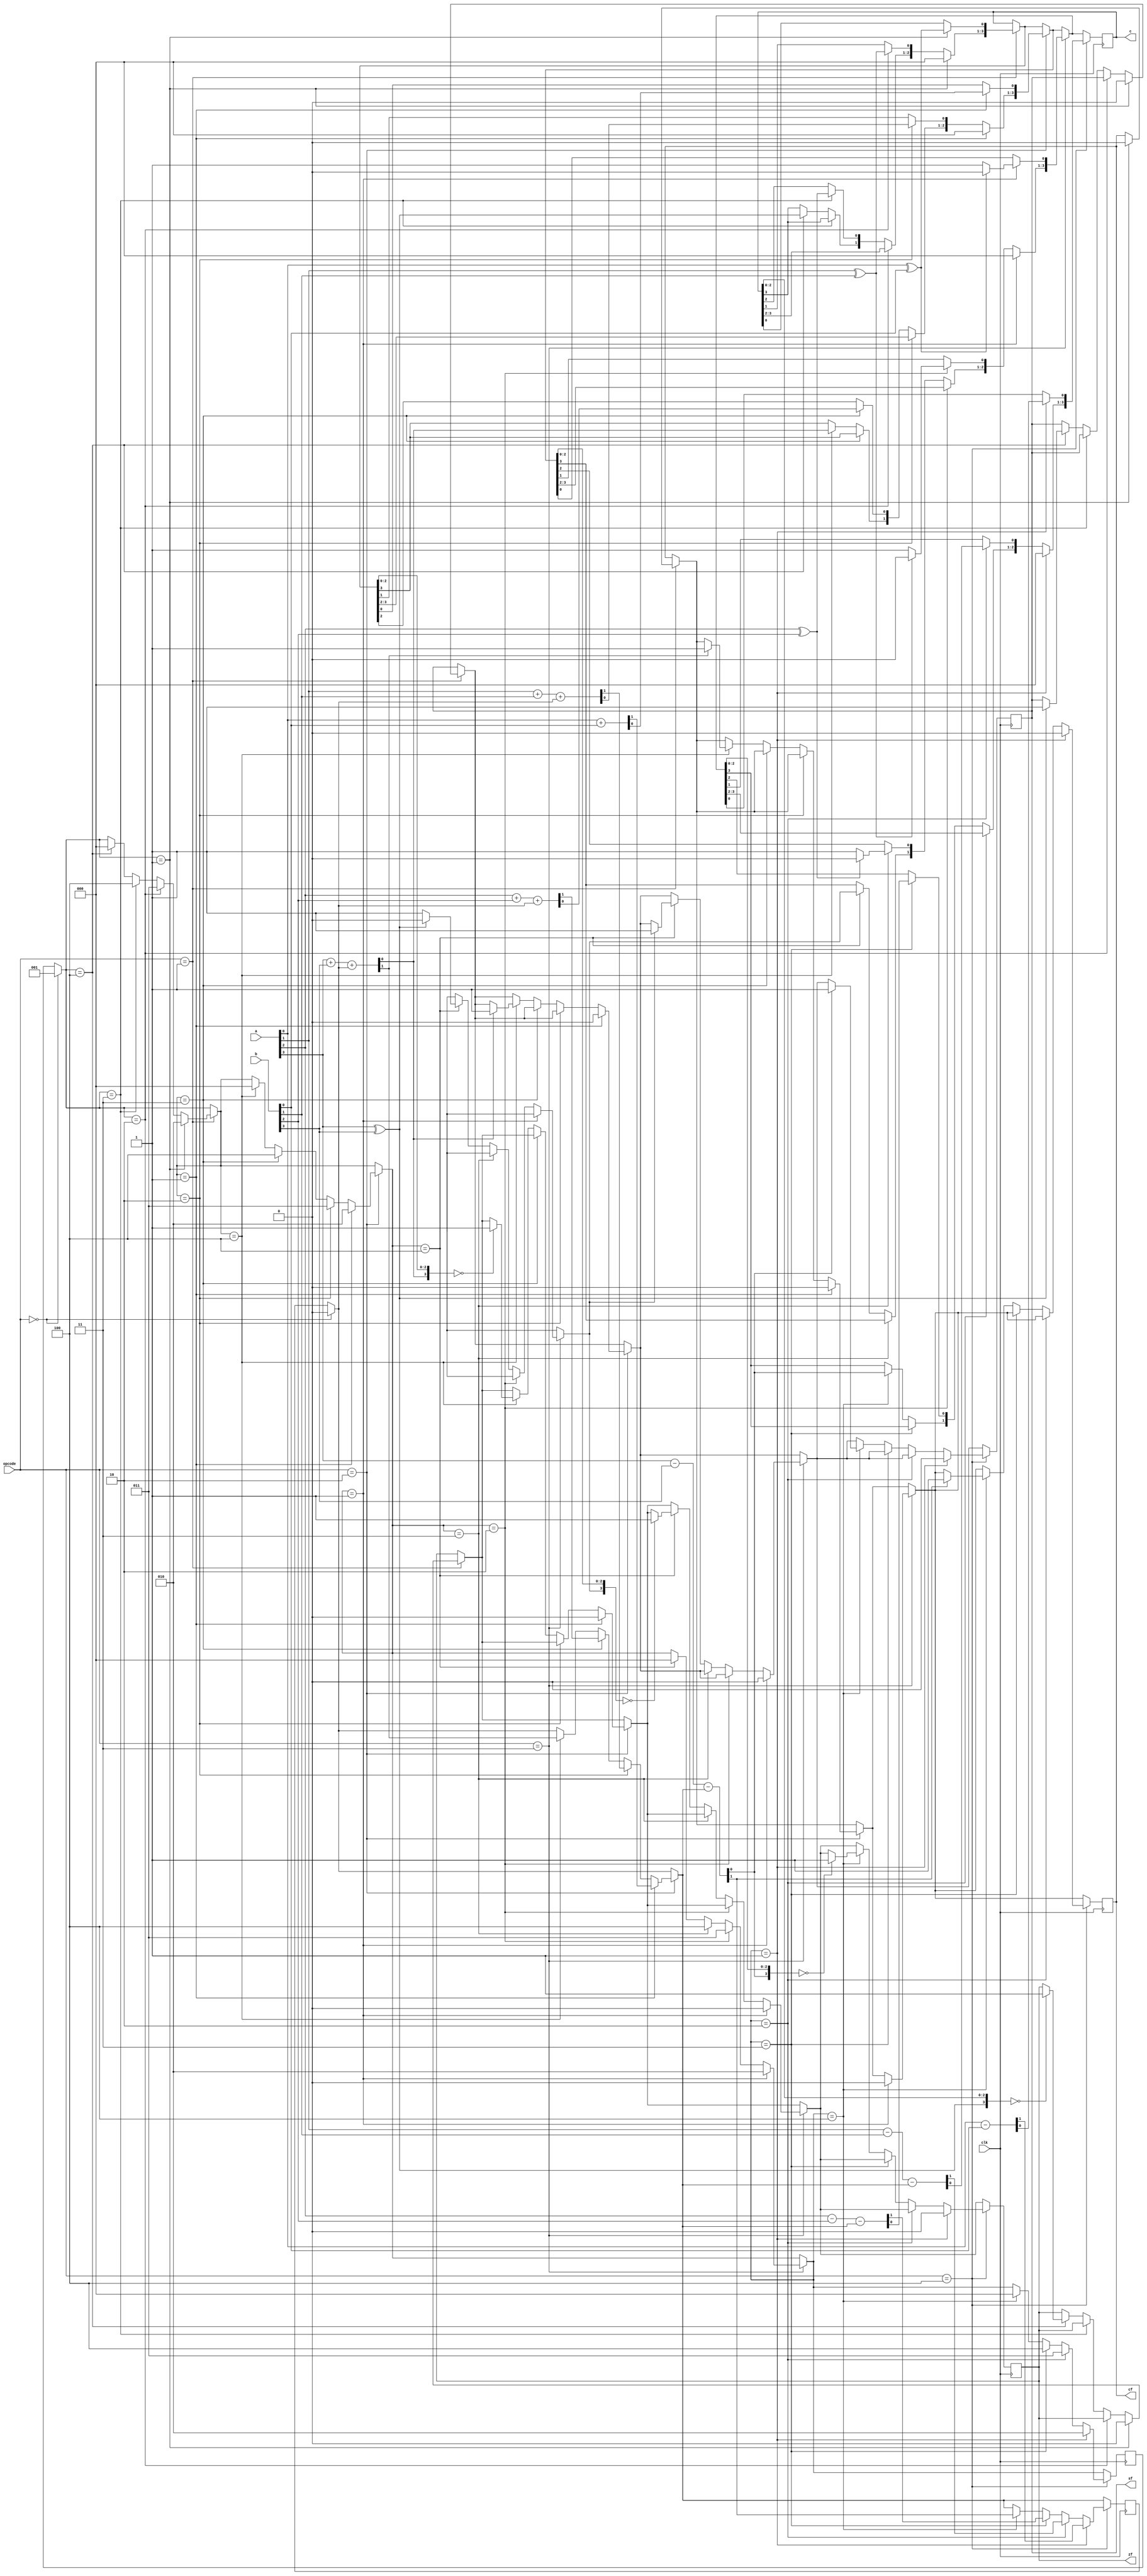
module cse460_project(clk,a,b,c,opcode,zf,cf,sf);


input [4:1]a,b ;
input [3:1]opcode;
input clk;
reg [2:1]temp;//temp for storing 1 bit operation value
reg cartemp;//carry temporary
reg [3:1]bc;//bit count opcode


output reg [4:1]c;
output reg sf,cf,zf;


parameter v0=3'b000,v1=3'b001,v2=3'b010,v3=3'b011,v4=3'b100,v5=3'b101;// for simplicity we are assingin parameters.




always @(posedge clk)
 begin
        //--------------------------------------------------------
        if (opcode==v0)//reset
        begin
        bc=v1;
        temp=2'b00;
        cartemp=0;


        end
        
        
        //-----------------------------------------------------------------
        if (opcode==v1)//xor
        begin
         if(bc==v1)//first bit operation
          begin
          
           c=4'b0000;//initially all 0
           sf=0;
           cf=0;
           zf=0;
           
           c[1]=a[1]^b[1];
           bc=v2;
         
          end
         else begin
         
                if(bc==v2)//second bit operation
                        begin
                           
                           c[2]=a[2]^b[2];
                           bc=v3;
                  
                        end
                else 
                begin
                        if(bc==v3)//third bit operation
                          begin
                           c[3]=a[3]^b[3];
                           bc=v4;
                          
                          end
                        
                        else
                        
                                begin
                                        if(bc==v4)//fourth bit operation
                                          begin
                                           c[4]=a[4]^b[4];
                                           bc=v0;//for no more operation
                                           
                                           
                                           if(c==4'b0000)//res 0 hole zf 1
                                                zf=1;
                                                
                                           if (c[4]==1)// 4th bit 1 hole sf 1
                                                sf=1;
                                                
                                          
                                          end
                                end
                        
                end
         
         end


        end
        
        
        
        
        //------------------------------------------------------------------
        
        if (opcode==v2)//add
        begin
         if(bc==v1)//first bit operation
          begin
          
           c=4'b0000;//initially all 0
           sf=0;
           cf=0;
           zf=0;
           
           temp=a[1]+b[1];
           c[1]=temp[1];
           cartemp=temp[2];
           bc=v2;
         
          end
         else begin
         
                if(bc==v2)//second bit operation
                        begin
                           
                           temp=a[2]+b[2]+cartemp;
                           c[2]=temp[1];
                           cartemp=temp[2];
                           bc=v3;
                  
                        end
                else 
                begin
                        if(bc==v3)//third bit operation
                          begin
                           temp=a[3]+b[3]+cartemp;
                           c[3]=temp[1];
                           cartemp=temp[2];
                           bc=v4;
                          
                          end
                        
                        else
                        
                                begin
                                        if(bc==v4)//fourth bit operation
                                          begin
                                           temp=a[4]+b[4]+cartemp;
                                           c[4]=temp[1];
                                           cartemp=temp[2];
                                           bc=v0;
                                           
                                           if(c==4'b0000)//res 0 hole zf 1
                                                zf=1;
                                                
                                           if (cartemp==1)//last carry 1 hole cf 1
                                            cf=1;
                                           
                                           if (c[4]==1)// 4th bit 1 hole sf 1
                                                sf=1;
                                                
                                          
                                          end
                                end
                        
         
                end
                 
         end
        


        end
        
        
        
        
//------------------------------------------------------------------------        
        
        if (opcode==v3)//xnor
        begin
         if(bc==v1)//first bit operation
          begin
          
           c=4'b0000;//initially all 0
           sf=0;
           cf=0;
           zf=0;
           
           if ((a[1]^b[1])==1)//Xnor from xor
                begin
                        c[1]=1'b0;
                end
                
                else
                 begin
                        c[1]=1'b1;
             end
           
           bc=v2;
         
          end
         else begin
         
                if(bc==v2)//second bit operation
                        begin
                           
                           if ((a[2]^b[2])==1)
                                begin
                                        c[2]=1'b0;
                                end
                                
                           else
                                 begin
                                        c[2]=1'b1;
                                 end
           
                           bc=v3;
                  
                        end
                else 
                begin
                        if(bc==v3)//third bit operation
                          begin
                           if ((a[3]^b[3])==1)   // As xnor is opposite of xor. so we are just flipping the value after calculating xor.
                                begin
                                        c[3]=1'b0;
                                end
                                
                           else
                                 begin
                                        c[3]=1'b1;
                                 end
                           
                           bc=v4;
                          
                          end
                        
                        else
                        
                                begin
                                        if(bc==v4)//fourth bit operation
                                          begin
                                           if ((a[4]^b[4])==1)
                                                begin
                                                        c[4]=1'b0;
                                                end
                                                
                                           else
                                                 begin
                                                        c[4]=1'b1;
                                                 end
           
                                           bc=v0;//for no more operation
                                           
                                           
                                           if(c==4'b0000)//res 0 hole zf 1
                                                zf=1;
                                                
                                           if (c[4]==1)// 4th bit 1 hole sf 1
                                                sf=1;
                                                
                                          
                                          end
                                end
                        
                end
         
         end


        end
//-----------------------------------------------------------------------------------        
        if (opcode==v4)//sub
        begin
         if(bc==v1)//first bit operation
          begin
          
           c=4'b0000;//initially all 0
           sf=0;
           cf=0;
           zf=0;
           
           temp=a[1]-b[1];
           c[1]=temp[1];
           cartemp=temp[2];
           bc=v2;
         
          end
         else begin
         
                if(bc==v2)//second bit operation
                        begin
                           
                           temp=a[2]-b[2]-cartemp;
                           c[2]=temp[1];
                           cartemp=temp[2];
                           bc=v3;
                  
                        end
                else 
                begin
                        if(bc==v3)//third bit operation
                          begin
                           temp=a[3]-b[3]-cartemp;
                           c[3]=temp[1];
                           cartemp=temp[2];
                           bc=v4;
                          
                          end
                        
                        else
                        
                                begin
                                        if(bc==v4)//fourth bit operation
                                          begin
                                           temp=a[4]-b[4]-cartemp;
                                           c[4]=temp[1];
                                           cartemp=temp[2];
                                           bc=v0;
                                           
                                           if(c==4'b0000)//res 0 hole zf 1
                                                zf=1;
                                                
                                           if (cartemp==1)//last carry 1 hole cf 1
                                            cf=1;
                                           
                                           if (c[4]==1)// 4th bit 1 hole sf 1
                                                sf=1;
                                                
                                          
                                          end
                                end
                        
         
                end
                 
         end
        


        end
        
        
        






 end










endmodule